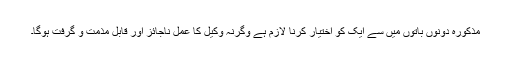
مذکورہ دونوں باتوں میں سے ایک کو اختیار کرنا لازم ہے وگرنہ وکیل کا عمل ناجائز اور قابلِ مذمت و گرفت ہوگا۔